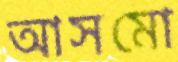
আসমো